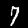
Digit: 7